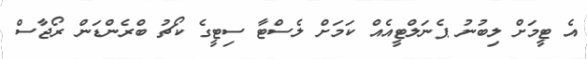
އެ ޓީމަށް ލިބުނު ޕެނަލްޓީއެއް ކަމަށް ލެސްޓާ ސިޓީގެ ކޯޗު ބްރެންޑަން ރޯޖާސް